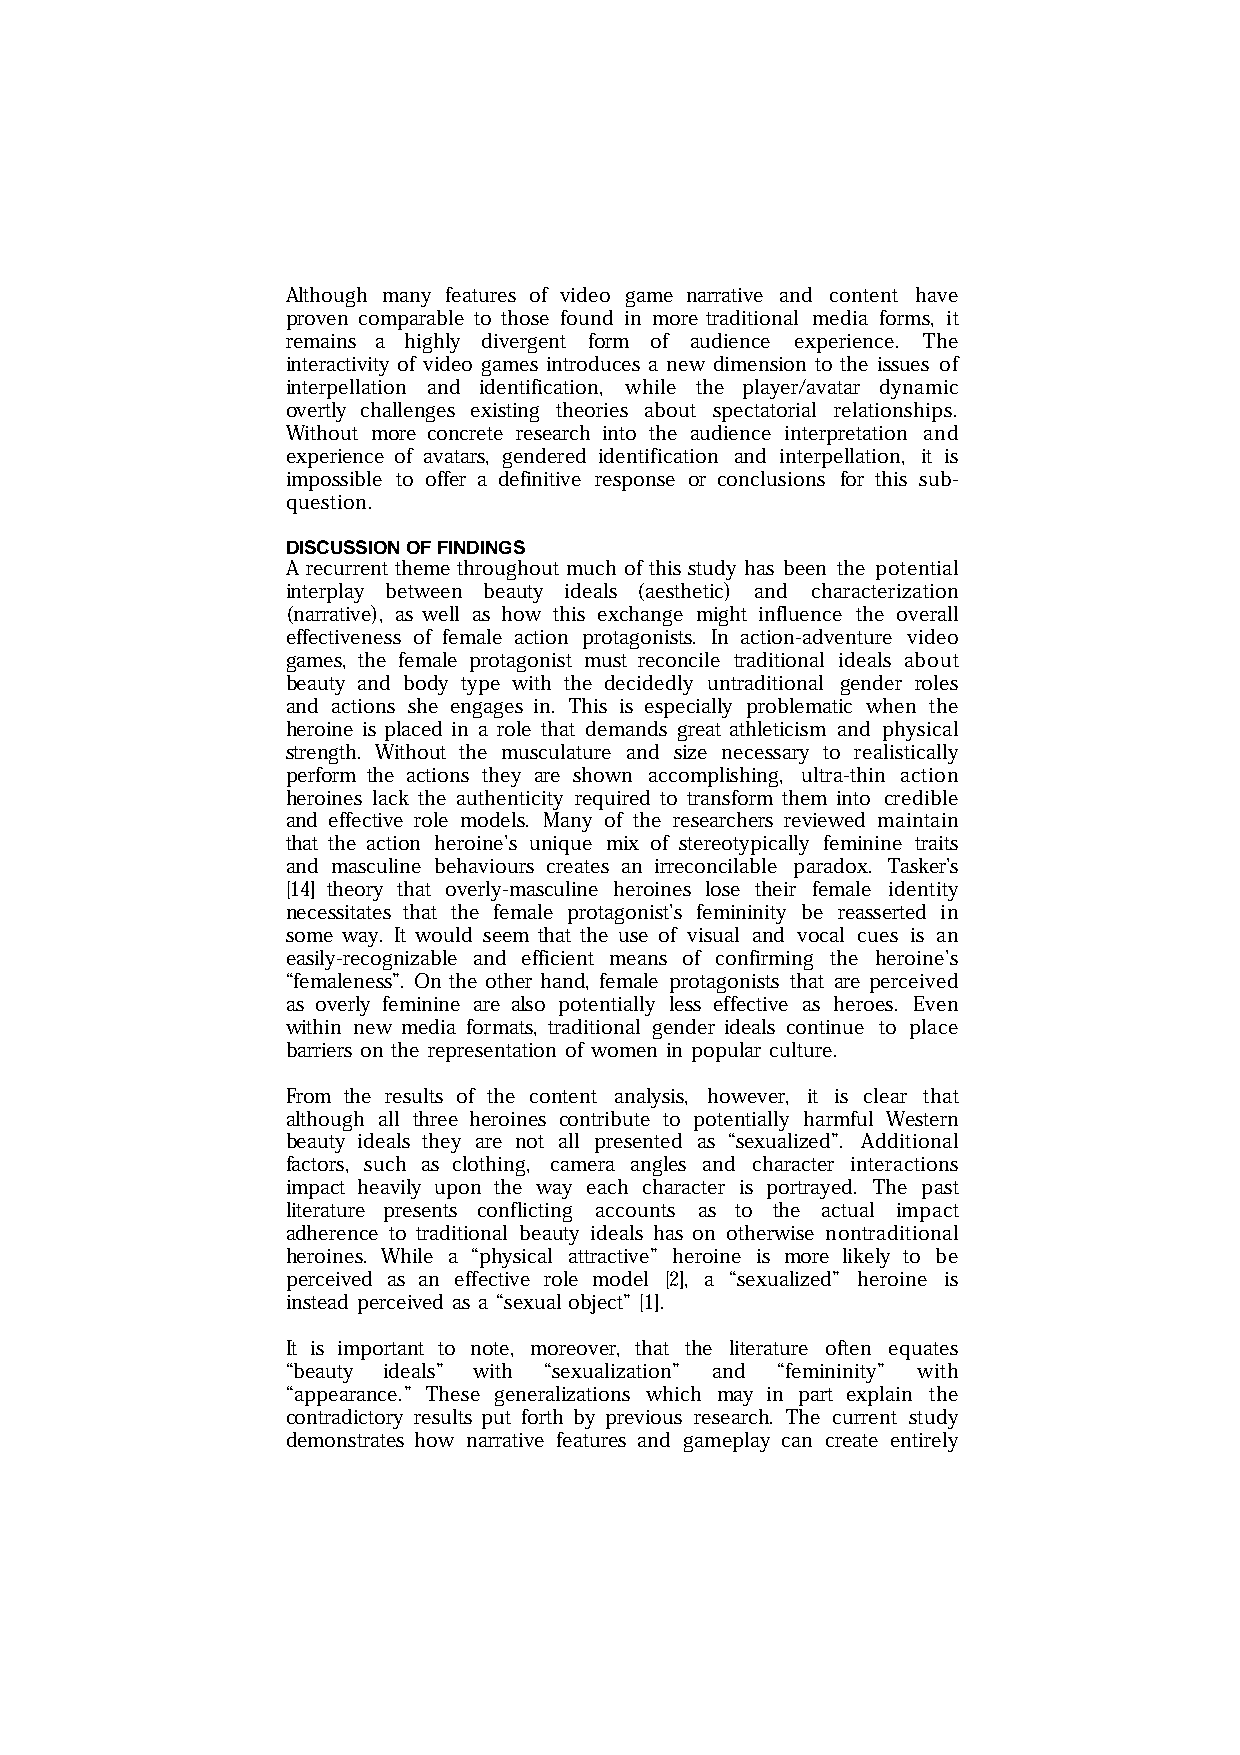
Although many features of video game narrative and content have
 proven comparable to those found in more traditional media forms, it
 remains a highly divergent form of audience experience. The
 interactivity of video games introduces a new dimension to the issues of
 interpellation and identification, while the player/avatar dynamic
 overtly challenges existing theories about spectatorial relationships.
 Without more concrete research into the audience interpretation and
 experience of avatars, gendered identification and interpellation, it is
 impossible to offer a definitive response or conclusions for this sub-
 question.
 DISCUSSION OF FINDINGS
 A recurrent theme throughout much of this study has been the potential
 interplay between beauty ideals (aesthetic) and characterization
 (narrative), as well as how this exchange might influence the overall
 effectiveness of female action protagonists. In action-adventure video
 games, the female protagonist must reconcile traditional ideals about
 beauty and body type with the decidedly untraditional gender roles
 and actions she engages in. This is especially problematic when the
 heroine is placed in a role that demands great athleticism and physical
 strength. Without the musculature and size necessary to realistically
 perform the actions they are shown accomplishing, ultra-thin action
 heroines lack the authenticity required to transform them into credible
 and effective role models. Many of the researchers reviewed maintain
 that the action heroine’s unique mix of stereotypically feminine traits
 and masculine behaviours creates an irreconcilable paradox. Tasker’s
 [14] theory that overly-masculine heroines lose their female identity
 necessitates that the female protagonist’s femininity be reasserted in
 some way. It would seem that the use of visual and vocal cues is an
 easily-recognizable and efficient means of confirming the heroine’s
 “femaleness”. On the other hand, female protagonists that are perceived
 as overly feminine are also potentially less effective as heroes. Even
 within new media formats, traditional gender ideals continue to place
 barriers on the representation of women in popular culture.
 From the results of the content analysis, however, it is clear that
 although all three heroines contribute to potentially harmful Western
 beauty ideals they are not all presented as “sexualized”. Additional
 factors, such as clothing, camera angles and character interactions
 impact heavily upon the way each character is portrayed. The past
 literature presents conflicting accounts as to the actual impact
 adherence to traditional beauty ideals has on otherwise nontraditional
 heroines. While a “physical attractive” heroine is more likely to be
 perceived as an effective role model [2], a “sexualized” heroine is
 instead perceived as a “sexual object” [1].
 It is important to note, moreover, that the literature often equates
 “beauty ideals” with “sexualization” and “femininity” with
 “appearance.” These generalizations which may in part explain the
 contradictory results put forth by previous research. The current study
 demonstrates how narrative features and gameplay can create entirely